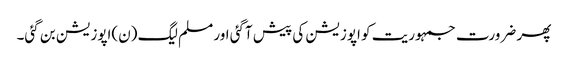
پھر ضرورت جمہوریت کو اپوزیشن کی پیش آگئی اور مسلم لیگ (ن)اپوزیشن بن گئی۔